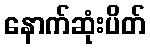
နောက်ဆုံးပိတ်